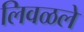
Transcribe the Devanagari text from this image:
लिवळले